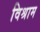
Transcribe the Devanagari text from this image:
विश्राम